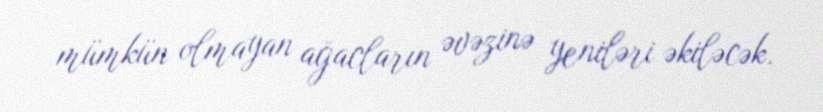
mümkün olmayan ağacların əvəzinə yeniləri əkiləcək.